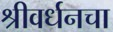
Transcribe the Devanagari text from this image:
श्रीवर्धनचा